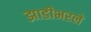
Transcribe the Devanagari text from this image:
झाडीभरले